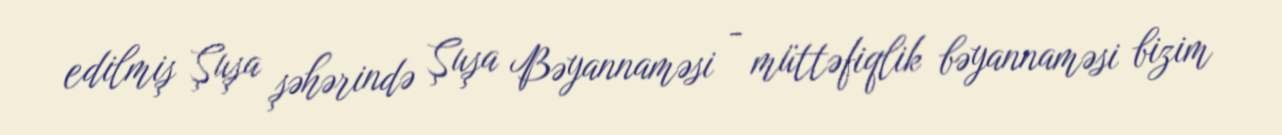
edilmiş Şuşa şəhərində Şuşa Bəyannaməsi - müttəfiqlik bəyannaməsi bizim